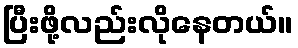
ပြီးဖို့လည်းလိုနေတယ်။